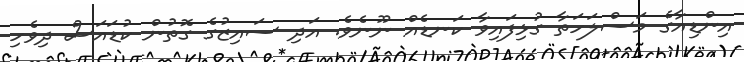
އިންޑިއާގެ މަސްލަހަތާ ގުޅިފައިވާ ކަނޑެއް ނޫނެވެ. އަދި ސައިޒުގެ ގޮތުން ކުޑައަސް ދިވެހި